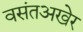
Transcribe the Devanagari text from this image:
वसंतअखेर